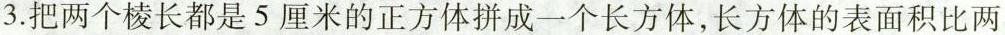
3.把两个棱长都是5厘米的正方体拼成一个长方体，长方体的表面积比两